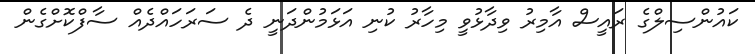
ކައުންސިލްގެ ރައީސް އާމިރު ވިދާޅުވީ މިހާރު ކުނި އަޅަމުންދަނީ ދެ ސަރަހައްދެއް ސާފްކޮށްގެން